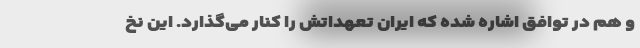
و هم در توافق اشاره شده که ایران تعهداتش را کنار می‌گذارد. این نخ